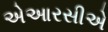
એઆરસીએ